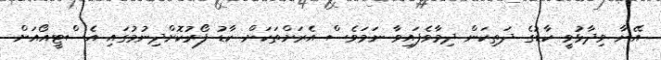
އޭނާ ވިދާޅުވީ ކާޑުގެ ދަތިކަން ދިމާވެފައިވާ ނަމަވެސް އެރަށްތަކަށް ކާޑު ފޯރުކޮށްދިނުމުގައި އެސްޓީއޯއަށް